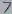
Text: 7